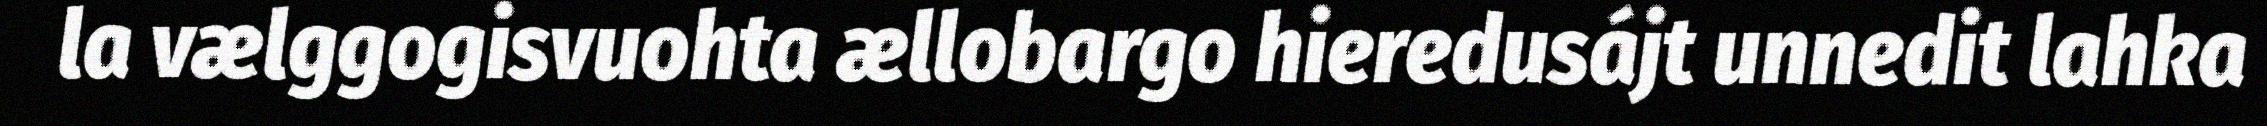
la vælggogisvuohta ællobargo hieredusájt unnedit lahka